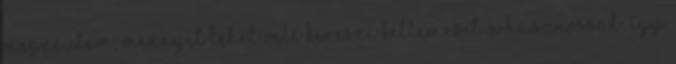
megnéztem, mennyit lehet vele keresni Kellemeset a hasznossal: így